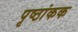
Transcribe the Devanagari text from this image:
पृष्ठांकक